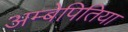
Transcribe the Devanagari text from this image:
अम्बेपितिया